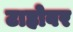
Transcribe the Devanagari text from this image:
टाहोवर